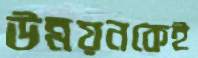
উন্নয়নকেই